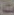
0